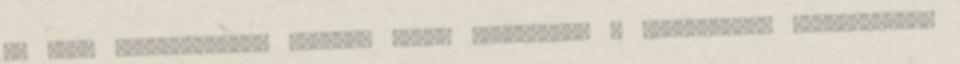
és déli gerincvezeték között. Ennek megépítése a hidraulikai szempontokon